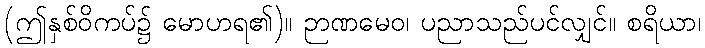
(ဤနှစ်ဝိကပ်၌ မောဟရ၏)။ ဉာဏမေဝ၊ ပညာသည်ပင်လျှင်။ စရိယာ၊